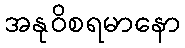
အနုဝိစရမာနော